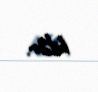
bilər.